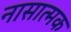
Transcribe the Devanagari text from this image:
नासात्मक